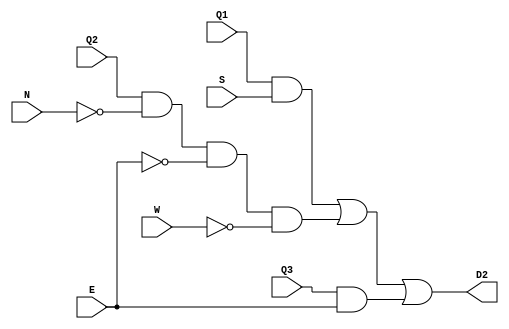
`timescale 1ns / 1ps
//////////////////////////////////////////////////////////////////////////////////
// Company: 
// Engineer: 
// 
// Design Name: 
// Module Name: Location6
// Project Name: 
// Target Devices: 
// Tool Versions: 
// Description: 
// 
// Dependencies: 
// 
// Revision:
// Revision 0.01 - File Created
// Additional Comments:
// 
//////////////////////////////////////////////////////////////////////////////////


module Location2(input N, S , E, W, Q1, Q2, Q3, output D2);

    assign D2 = (Q1 & S) | (Q2 & ~N & ~E & ~W) | (Q3 & E);

endmodule